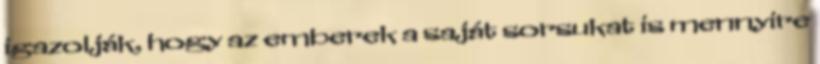
igazolják, hogy az emberek a saját sorsukat is mennyire